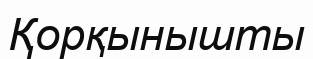
Қорқынышты